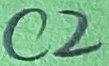
Text: C2